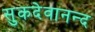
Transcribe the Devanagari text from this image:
सुकदेवानन्द